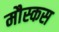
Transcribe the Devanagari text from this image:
मौस्कस